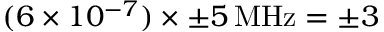
( 6 \times 1 0 ^ { - 7 } ) \times \pm 5 \, \mathrm { M H z } = \pm 3